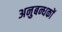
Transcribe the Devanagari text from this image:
अनुबन्धकों